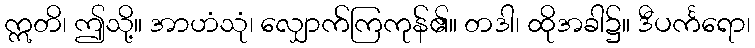
ဣတိ၊ ဤသို့။ အာဟံသုံ၊ လျှောက်ကြကုန်၏။ တဒါ၊ ထိုအခါ၌။ ဒီပင်္ကရော၊